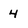
Character: 4